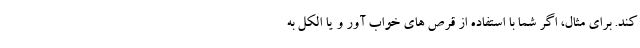
کند. برای مثال، اگر شما با استفاده از قرص های خواب آور و یا الکل به